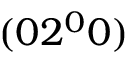
( 0 2 ^ { 0 } 0 )